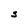
Character: S